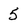
Character: 5